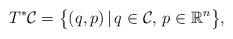
LaTeX: \begin{align*}T^\ast\mathcal{C}=\big\{(q,p)\,|\, q\in\mathcal{C},\, p\in\mathbb{R}^n\big\},\end{align*}